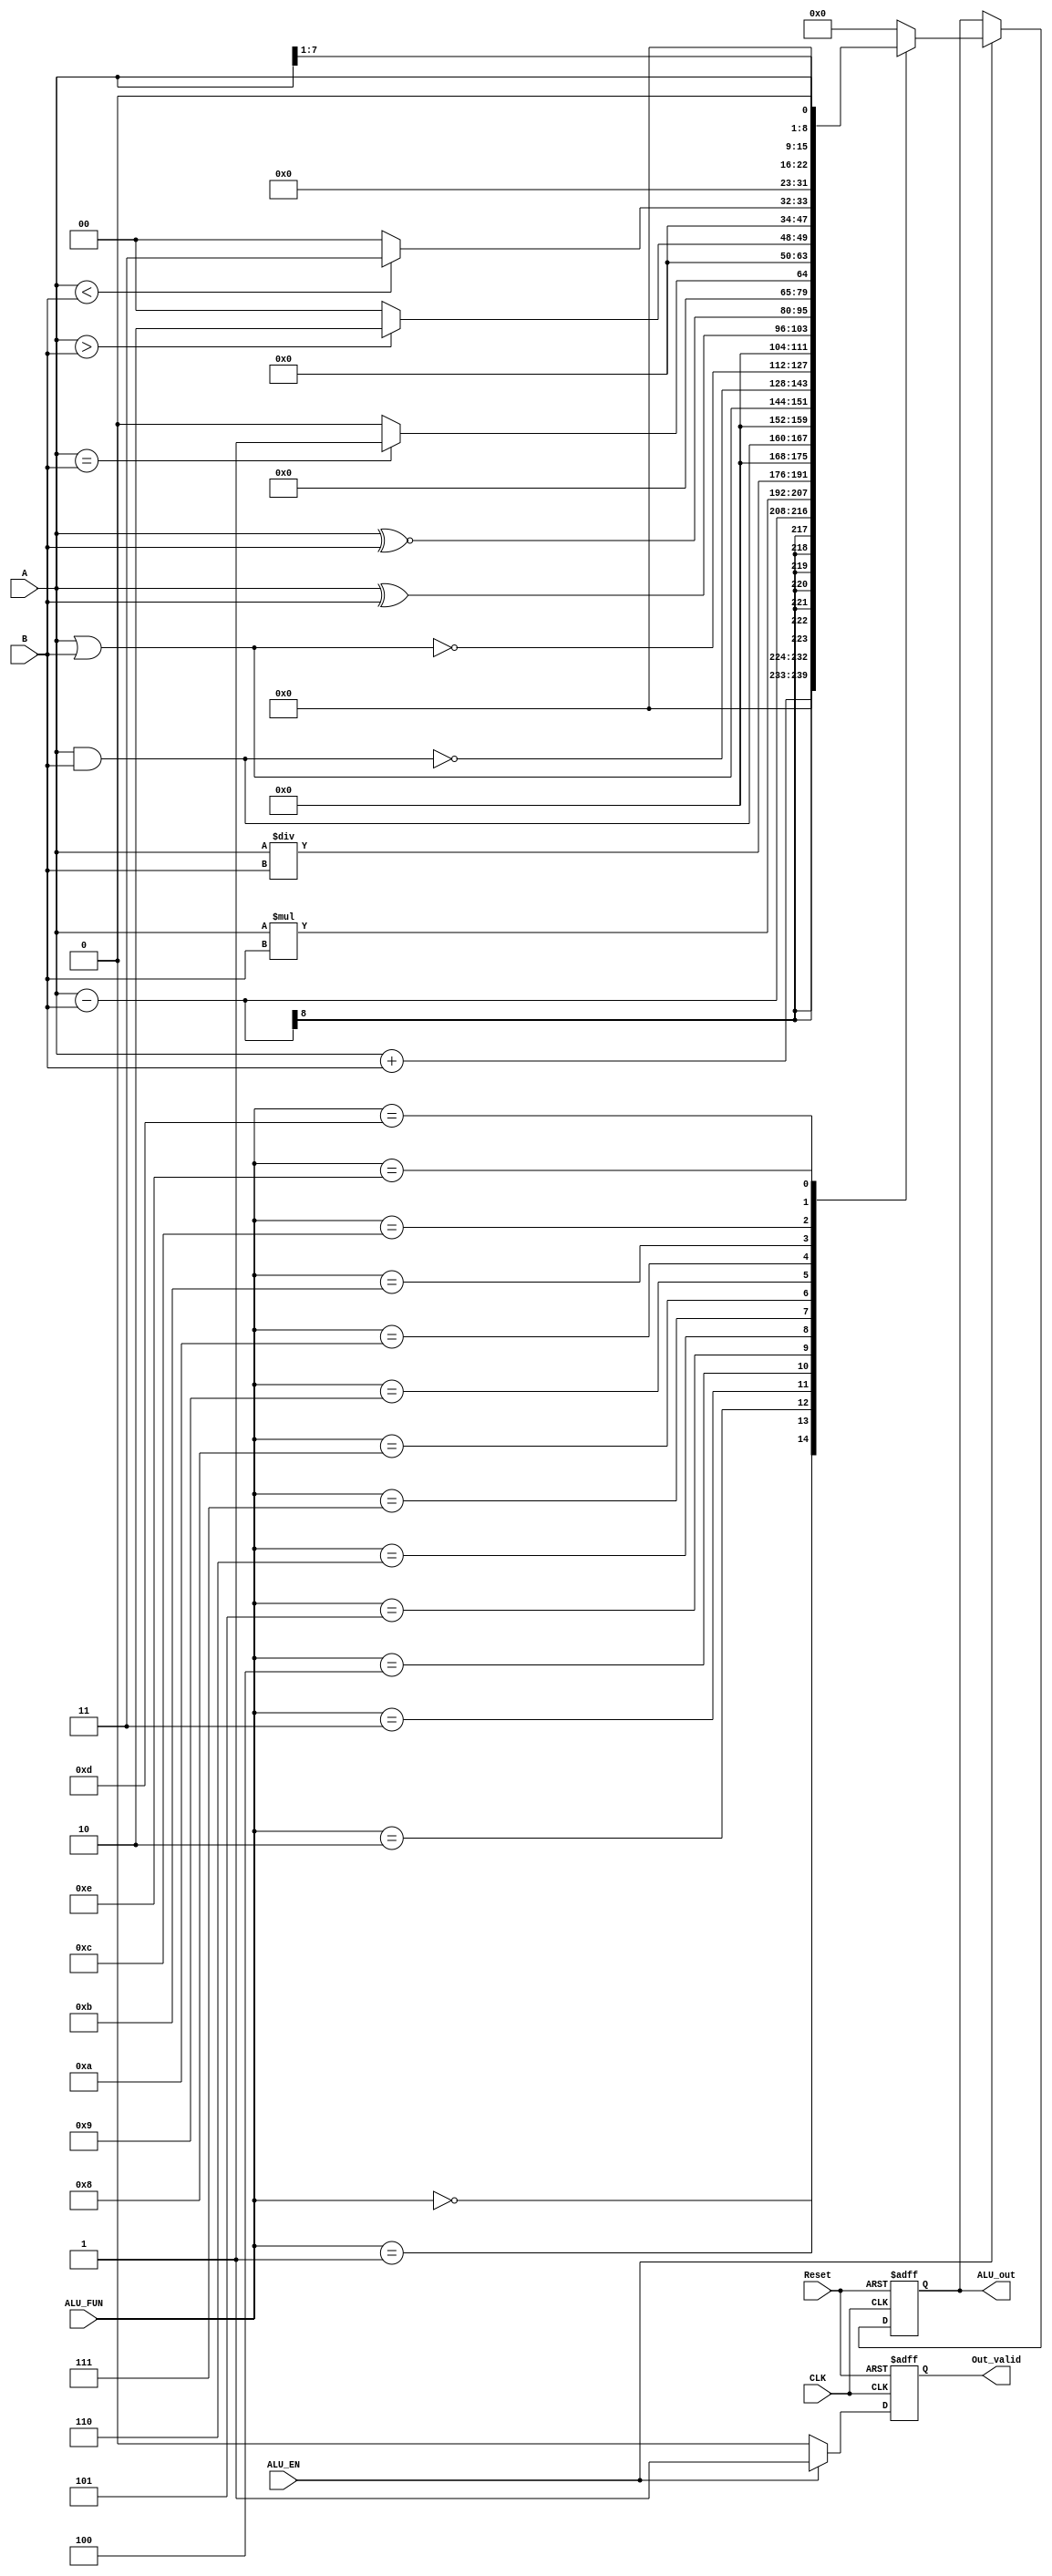
module ALU #(parameter A_width = 8,
             parameter B_width = 8,
             parameter OUT_width = A_width+B_width)
(
    input  wire                   CLK,
    input  wire                   Reset,
    input  wire                   ALU_EN,
    input  wire   [A_width-1:0]   A, 
    input  wire   [B_width-1:0]   B,
    input  wire   [3:0]           ALU_FUN,
    output reg    [OUT_width-1:0] ALU_out,
    output reg                    Out_valid
);

reg [OUT_width-1:0] ALU_out_comb;
reg                 Out_valid_comb;

always @(*) begin

    if (ALU_EN) begin
        Out_valid_comb = 1'b1;
        case (ALU_FUN)

            4'b0000: begin
                ALU_out_comb = A + B;
            end

            4'b0001: begin
                ALU_out_comb = A - B;
            end

            4'b0010: begin
                ALU_out_comb = A * B;
            end

            4'b0011: begin
                ALU_out_comb = A / B;
            end

            4'b0100: begin
                ALU_out_comb = A & B;
            end

            4'b0101: begin
                ALU_out_comb = A | B;
            end

            4'b0110: begin
                ALU_out_comb = ~(A & B);
            end

            4'b0111: begin
                ALU_out_comb = ~(A | B);
            end

            4'b1000: begin
                ALU_out_comb = A ^ B;
  
            end

            4'b1001: begin
                ALU_out_comb = (A ~^ B);
            end

            4'b1010: begin
                if (A==B) begin
                  ALU_out_comb = 16'b1;
                end
                else begin
                   ALU_out_comb = 16'b0;
                end
     
            end

            4'b1011: begin
                if (A>B) begin
                    ALU_out_comb = 16'b10;
                end
                else begin
                    ALU_out_comb = 16'b0;
                end
     
            end

            4'b1100: begin
                if (A<B) begin
                    ALU_out_comb = 16'b11;
                end
                else begin
                    ALU_out_comb = 16'b0;
                end
     
            end

            4'b1101: begin
                ALU_out_comb = A >> 1'b1;
            end

            4'b1110: begin
                ALU_out_comb = A << 1'b1;
            end

            default: begin
                ALU_out_comb = 16'b0;
            end
        endcase
    end

    else begin
        ALU_out_comb = 'b0;
        Out_valid_comb = 1'b0;
    end
        
end

always @(posedge CLK,  negedge Reset) begin
    if (!Reset) begin
        Out_valid <= 1'b0;
    end
    else begin
        Out_valid <= Out_valid_comb; 
    end
    
end

always @(posedge CLK,  negedge Reset) begin
    if (!Reset) begin
        ALU_out   <=  'b0;
    end
    else if (ALU_EN) begin
        ALU_out   <= ALU_out_comb; 
    end
end

endmodule